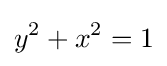
y^{2}+x^{2}=1